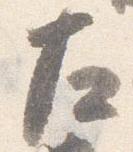
左